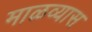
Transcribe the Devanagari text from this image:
माळव्यास